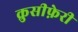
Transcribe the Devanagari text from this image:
क्रुसीफ़ेरी